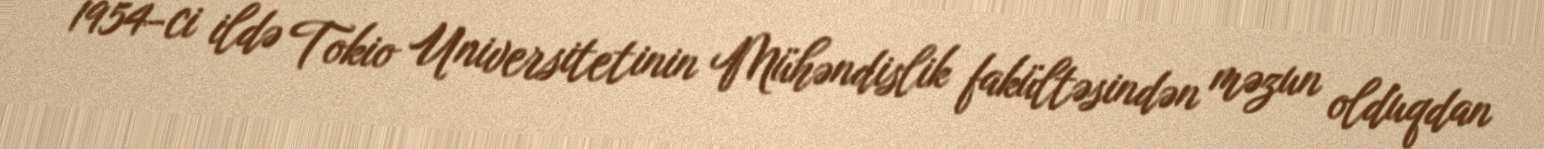
1954-ci ildə Tokio Universitetinin Mühəndislik fakültəsindən məzun olduqdan